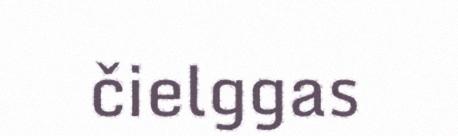
čielggas